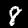
Label: 8